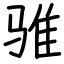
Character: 骓